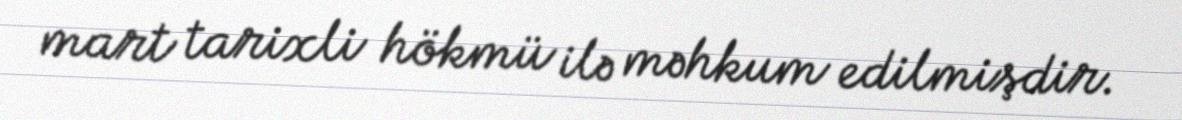
mart tarixli hökmü ilə məhkum edilmişdir.